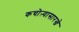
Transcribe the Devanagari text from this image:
कचोऱ्यासारखे